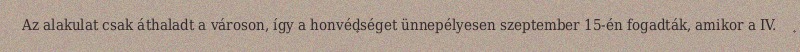
Az alakulat csak áthaladt a városon, így a honvédséget ünnepélyesen szeptember 15-én fogadták, amikor a IV.